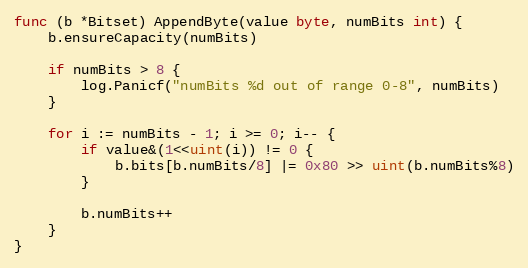
Language: Go
func (b *Bitset) AppendByte(value byte, numBits int) {
	b.ensureCapacity(numBits)

	if numBits > 8 {
		log.Panicf("numBits %d out of range 0-8", numBits)
	}

	for i := numBits - 1; i >= 0; i-- {
		if value&(1<<uint(i)) != 0 {
			b.bits[b.numBits/8] |= 0x80 >> uint(b.numBits%8)
		}

		b.numBits++
	}
}